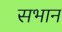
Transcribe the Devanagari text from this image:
सभान